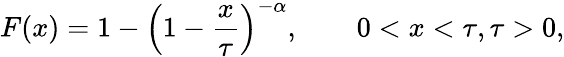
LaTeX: F(x)=1-{\left(1-\frac{x}{\tau}\right)}^{-\alpha},\qquad 0<x<\tau,\tau>0,